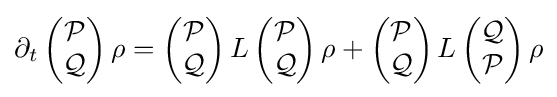
{\partial _{t}}\left({\begin{matrix}{\mathcal {P}}\\{\mathcal {Q}}\\\end{matrix}}\right)\rho =\left({\begin{matrix}{\mathcal {P}}\\{\mathcal {Q}}\\\end{matrix}}\right)L\left({\begin{matrix}{\mathcal {P}}\\{\mathcal {Q}}\\\end{matrix}}\right)\rho +\left({\begin{matrix}{\mathcal {P}}\\{\mathcal {Q}}\\\end{matrix}}\right)L\left({\begin{matrix}{\mathcal {Q}}\\{\mathcal {P}}\\\end{matrix}}\right)\rho